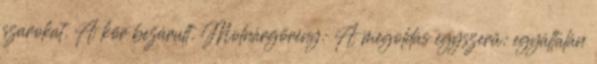
szarokat. A kör bezárult. Molnárgörény: A megoldás egyszerű: egyáltalán